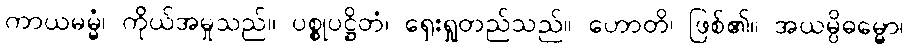
ကာယမမ္မံ၊ ကိုယ်အမှုသည်။ ပစ္စုပဋ္ဌိတံ၊ ရှေးရှုတည်သည်။ ဟောတိ၊ ဖြစ်၏။ အယမ္ပိဓမ္မော၊